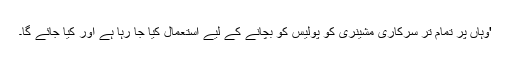
'وہاں پر تمام تر سرکاری مشینری کو پولیس کو بچانے کے لیے استعمال کیا جا رہا ہے اور کیا جائے گا۔